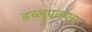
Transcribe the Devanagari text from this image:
डब्लूएलएस